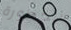
الخطورة